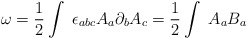
\begin{align*}{\omega} = \frac{1}{2}\int \ {\epsilon}_{abc}A_a\partial_bA_c = \frac{1}{2} \int \ A_aB_a\end{align*}